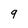
Character: 9